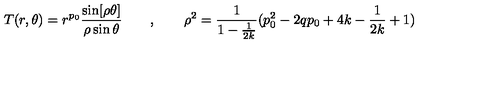
T ( r , \theta ) = r ^ { p _ { 0 } } \frac { \sin [ \rho \theta ] } { \rho \sin \theta } \qquad , \qquad \rho ^ { 2 } = \frac { 1 } { 1 - \frac { 1 } { 2 k } } ( p _ { 0 } ^ { 2 } - 2 q p _ { 0 } + 4 k - \frac { 1 } { 2 k } + 1 )